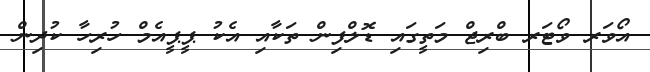
އޯވަރ ވޯޓަރ ބްރިޖް މަތީގައި ޑޮލްފިން ތަކާއި އެކު ޕީޕީއެމް ހުރިހާ ކުދިން